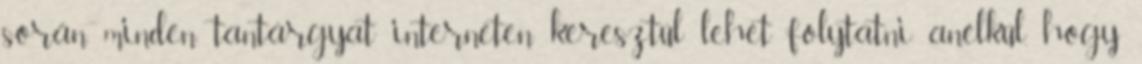
során minden tantárgyat interneten keresztül lehet folytatni anélkül, hogy